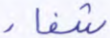
شفاء